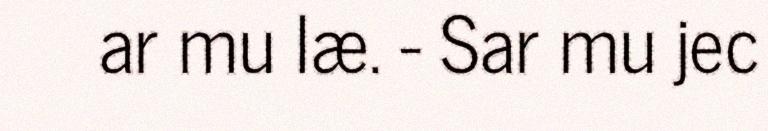
ar mu læ. - Sar mu jec